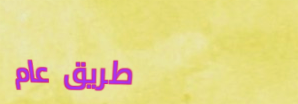
طريق عام